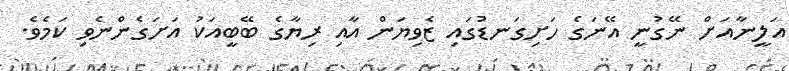
އަލީނާއަށް ނޭގުނީ އޭނަގެ ހަށިގަނޑުގައި ޒެވިޔަން އާއި ރިޔާގެ ބޭބީއަކު އަށަގެންނެވި ކަމެވެ.